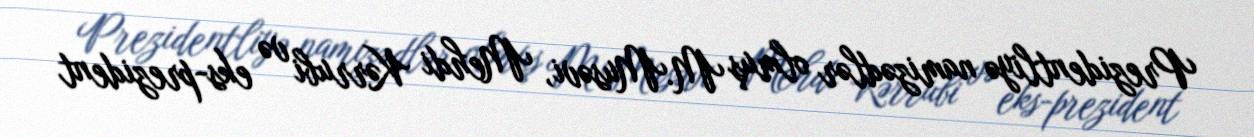
Prezidentliyə namizədlər olmuş M.Musəvi, Mehdi Kərrubi və eks-prezident